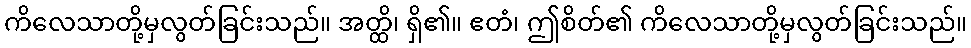
ကိလေသာတို့မှလွတ်ခြင်းသည်။ အတ္ထိ၊ ရှိ၏။ ဧတံ၊ ဤစိတ်၏ ကိလေသာတို့မှလွတ်ခြင်းသည်။